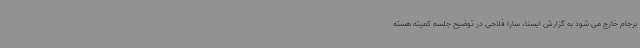
برجام خارج می شود به گزارش ایسنا، سارا فلاحی در توضیح جلسه کمیته هسته